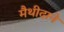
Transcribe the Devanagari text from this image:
मैथीदाने